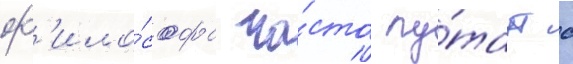
ф'ило́софа ча́сто пу́таут с